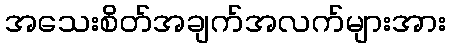
အသေးစိတ်အချက်အလက်များအား